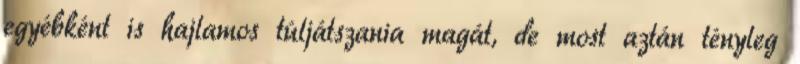
egyébként is hajlamos túljátszania magát, de most aztán tényleg